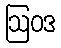
ဩဝဒ